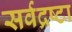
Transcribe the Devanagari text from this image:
सर्वद्रष्टा